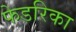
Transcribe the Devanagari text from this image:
फेडरिका